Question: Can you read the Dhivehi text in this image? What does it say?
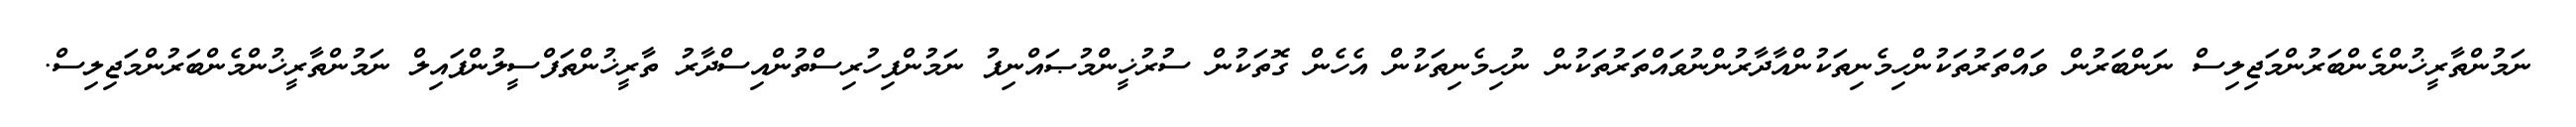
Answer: ނަމުންތާރީޚުންމެންބަރުންމަޖިލިސް ނަންބަރުން ވައްތަރުތަކުންހިމެނިތަކުންއާދާރުންނުވައްތަރުތަކުން ނުހިމެނިތަކުން އެހެން ގޮތަކުން ސުރުޚީންމުޞައްނިފު ނަމުންފިހުރިސްތުންއިސްދާރު ތާރީޚުންތަފްސީލުންފައިލް ނަމުންތާރީޚުންމެންބަރުންމަޖިލިސް.